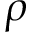
\rho